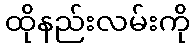
ထိုနည်းလမ်းကို